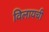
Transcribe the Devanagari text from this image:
विलायची